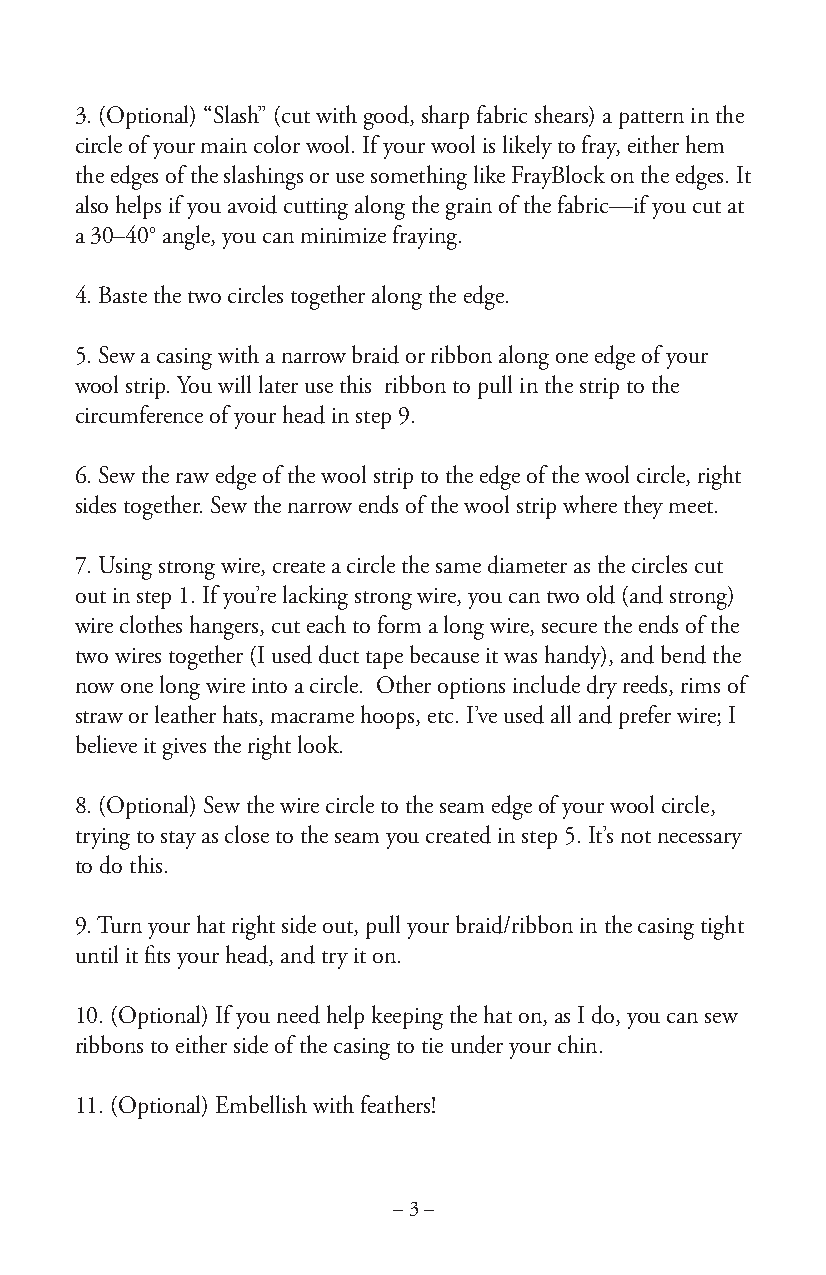
3. (Optional) “Slash” (cut with good, sharp fabric shears) a pattern in the
 circle of your main color wool. If your wool is likely to fray, either hem
 the edges of the slashings or use something like FrayBlock on the edges. It
 also helps if you avoid cutting along the grain of the fabric—if you cut at
 a 30–40° angle, you can minimize fraying.
 4. Baste the two circles together along the edge.
 5. Sew a casing with a narrow braid or ribbon along one edge of your
 wool strip. You will later use this ribbon to pull in the strip to the
 circumference of your head in step 9.
 6. Sew the raw edge of the wool strip to the edge of the wool circle, right
 sides together. Sew the narrow ends of the wool strip where they meet.
 7. Using strong wire, create a circle the same diameter as the circles cut
 out in step 1. If you’re lacking strong wire, you can two old (and strong)
 wire clothes hangers, cut each to form a long wire, secure the ends of the
 two wires together (I used duct tape because it was handy), and bend the
 now one long wire into a circle. Other options include dry reeds, rims of
 straw or leather hats, macrame hoops, etc. I’ve used all and prefer wire; I
 believe it gives the right look.
 8. (Optional) Sew the wire circle to the seam edge of your wool circle,
 trying to stay as close to the seam you created in step 5. It’s not necessary
 to do this.
 9. Turn your hat right side out, pull your braid/ribbon in the casing tight
 until it fits your head, and try it on.
 10. (Optional) If you need help keeping the hat on, as I do, you can sew
 ribbons to either side of the casing to tie under your chin.
 11. (Optional) Embellish with feathers!
 – 3 –